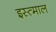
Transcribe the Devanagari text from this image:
इस्त्माल